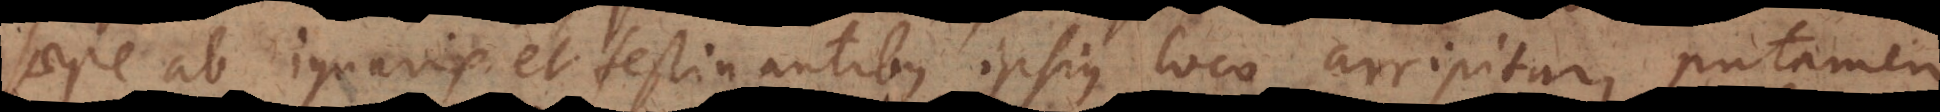
saepe ab ignavis et festinantibus ipsius loco arripitur, putamen